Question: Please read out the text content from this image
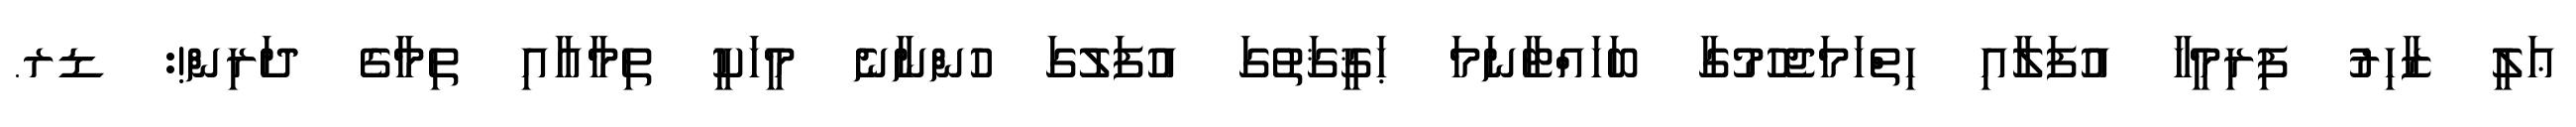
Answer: ޢަލީ ޒާހިރު ފިރިމީހާ އުފަލާއި ހިތްހަމަޖެހުމުގާ ބަހައްޓާނަމަ ޙަޤީޤަތުގަ އުފަލުގަ ހުންނާނެ މީހަކީ ތިމާއާއި ތިމާގެ ދަރިން!: ޑރ.